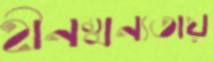
হীনম্মন্যতায়